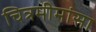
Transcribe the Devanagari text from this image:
चित्रमीमांसा